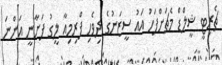
ޗެރިޓީ ޝީލްޑް މެޗަށްފަހު އައު ސީޒަނުގެ ދިވެހި ޕްރިމިއާ ލީގު ފަށާނީ އަންނަ